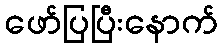
ဖော်ပြပြီးနောက်